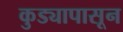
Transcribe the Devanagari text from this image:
कुड्यापासून